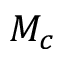
M _ { c }